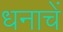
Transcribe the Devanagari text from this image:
धनाचें